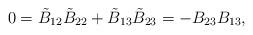
LaTeX: \begin{align*}0=\tilde{B}_{12}\tilde{B}_{22}+\tilde{B}_{13}\tilde{B}_{23}=-B_{23}B_{13},\end{align*}